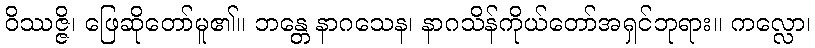
ဝိဿဇ္ဇိ၊ ဖြေဆိုတော်မူ၏။ ဘန္တေ နာဂသေန၊ နာဂသိန်ကိုယ်တော်အရှင်ဘုရား။ ကလ္လော၊